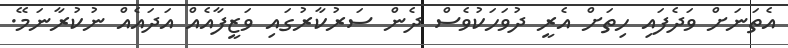
އެތަނަށް ވަދެފައި ހިތަށް އެރީ ދުވަހަކުވެސް ދެން ސަރުކާރުގައި ވަޒީފާއެއް އަދައެއް ނުކުރާނަމޭ.